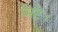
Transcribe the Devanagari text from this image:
मिटे।